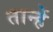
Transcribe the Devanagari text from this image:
तान्हें